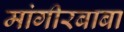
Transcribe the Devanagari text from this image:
मांगीरबाबा